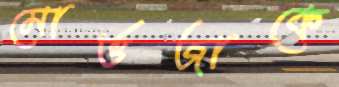
মোর্ত্তজাকে